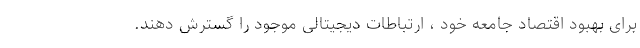
برای بهبود اقتصاد جامعه خود ، ارتباطات دیجیتالی موجود را گسترش دهند.